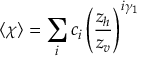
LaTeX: \langle \chi \rangle = \sum _ { i } c _ { i } \left( \frac { z _ { h } } { z _ { v } } \right) ^ { i \gamma _ { 1 } }